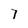
Character: 7